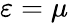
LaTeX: \varepsilon=\mu